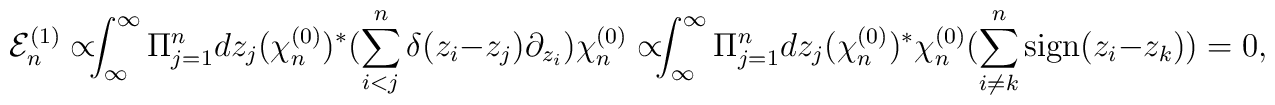
\!\!\!{\cal E}_n^{(1)} \propto\!\!\!\int_{\infty}^{\infty}\Pi_{j=1}^{n}dz_j (\chi_n^{(0)})^{*}(\sum_{i<j}^{n}\delta(z_i-z_j)\partial_{z_i})\chi_n^{(0)}\propto\!\!\!\int_{\infty}^{\infty}\Pi_{j=1}^{n }dz_j (\chi_n^{(0)})^{*}\chi_n^{(0)}(\sum_{i\neq k}^{n}{\rm sign}(z_i-z_k))=0,